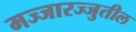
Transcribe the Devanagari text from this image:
मज्जारज्जुतील